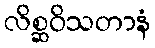
လိစ္ဆဝိသတာနံ